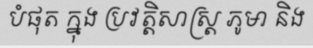
បំផុត ក្នុង ប្រវត្តិសាស្ត្រ ភូមា និង